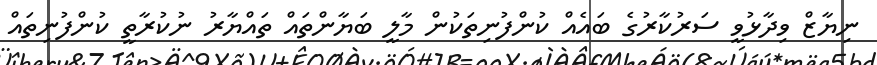
ނިޔާޒް ވިދާޅުވީ ސަރުކާރުގެ ބައެއް ކުންފުނިތަކުން މާލީ ބަޔާންތައް ތައްޔާރު ނުކުރާތީ ކުންފުނިތައް